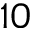
1 0